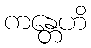
ကန္တေဟိ